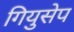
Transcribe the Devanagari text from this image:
गियुसेप